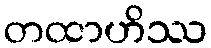
တထာဟိဿ